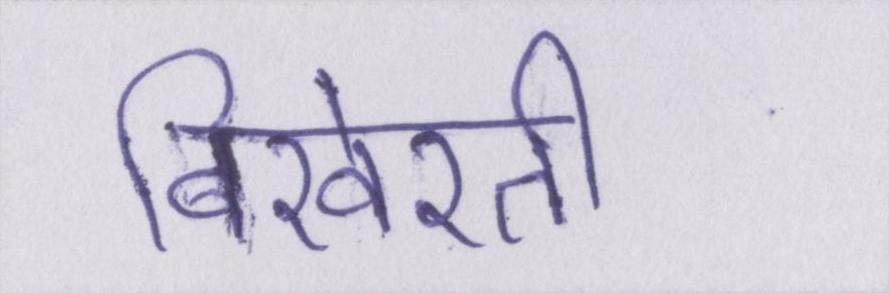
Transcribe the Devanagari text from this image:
बिखेरती